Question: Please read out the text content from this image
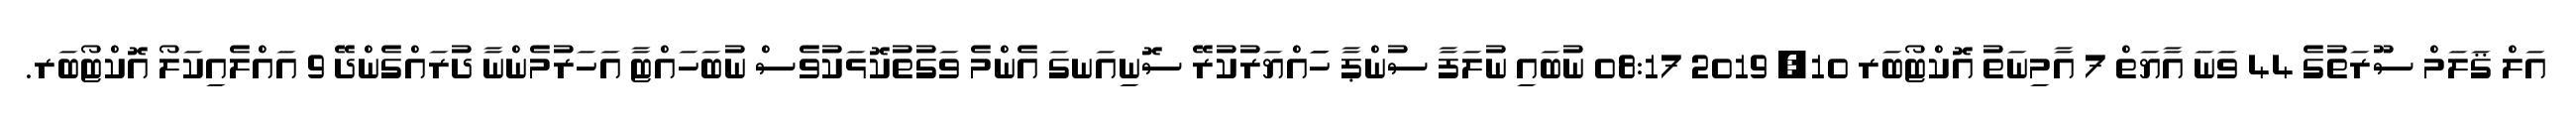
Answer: އަލް ޤަލަމް ސޫރަތުގެ 44 ވަނަ އާޔަތް 7 އާމިނަތު އޮކްޓޯބަރ 10, 2019 08:17 ނުބައި ނުލަފާ ސުންޕާ ހަައްޔަރުކުރޭ ސޮނިއަނގަ އެންމެ ވަގުތުކޮޅަކުވެސް ނުބަހައްޓާ އަހަރުމެންނާ ދުރައްގެންދޭ 9 އައްލެއިކަލޯ އޮކްޓޯބަރ.